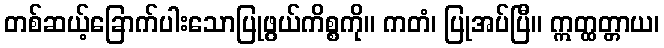
တစ်ဆယ့်ခြောက်ပါးသောပြုဖွယ်ကိစ္စကို။ ကတံ၊ ပြုအပ်ပြီ။ ဣတ္ထတ္တာယ၊